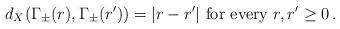
LaTeX: \begin{align*} d_X(\Gamma_\pm(r),\Gamma_\pm(r'))=|r-r'|\mbox{ for every }r,r'\geq0\, .\end{align*}